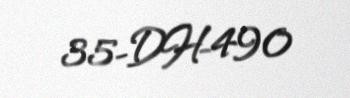
35-DH-490